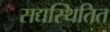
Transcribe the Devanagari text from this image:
सद्यस्थितित